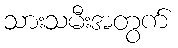
သားသမီးအတွက်